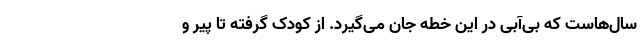
سال‌هاست که بی‌آبی در این خطه جان می‌گیرد. از کودک گرفته تا پیر و